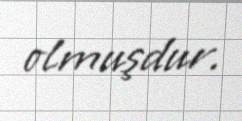
olmuşdur.